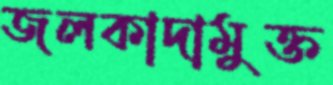
জলকাদামুক্ত